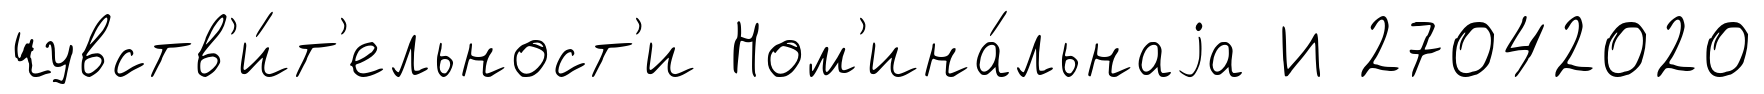
чувств'и́т'ельност'и Ном'ина́льнаjа И 27042020